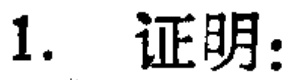
1. 证明：